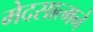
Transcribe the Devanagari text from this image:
मेदसात्मने